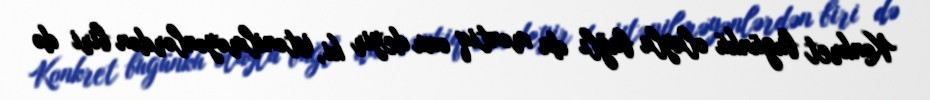
Konkret bugünkü olayla bağlı da məntiq onu deyir ki, istənilməyənlərdən biri də